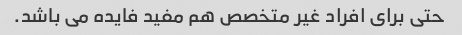
حتی برای افراد غیر متخصص هم مفید فایده می باشد.